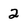
Character: 2